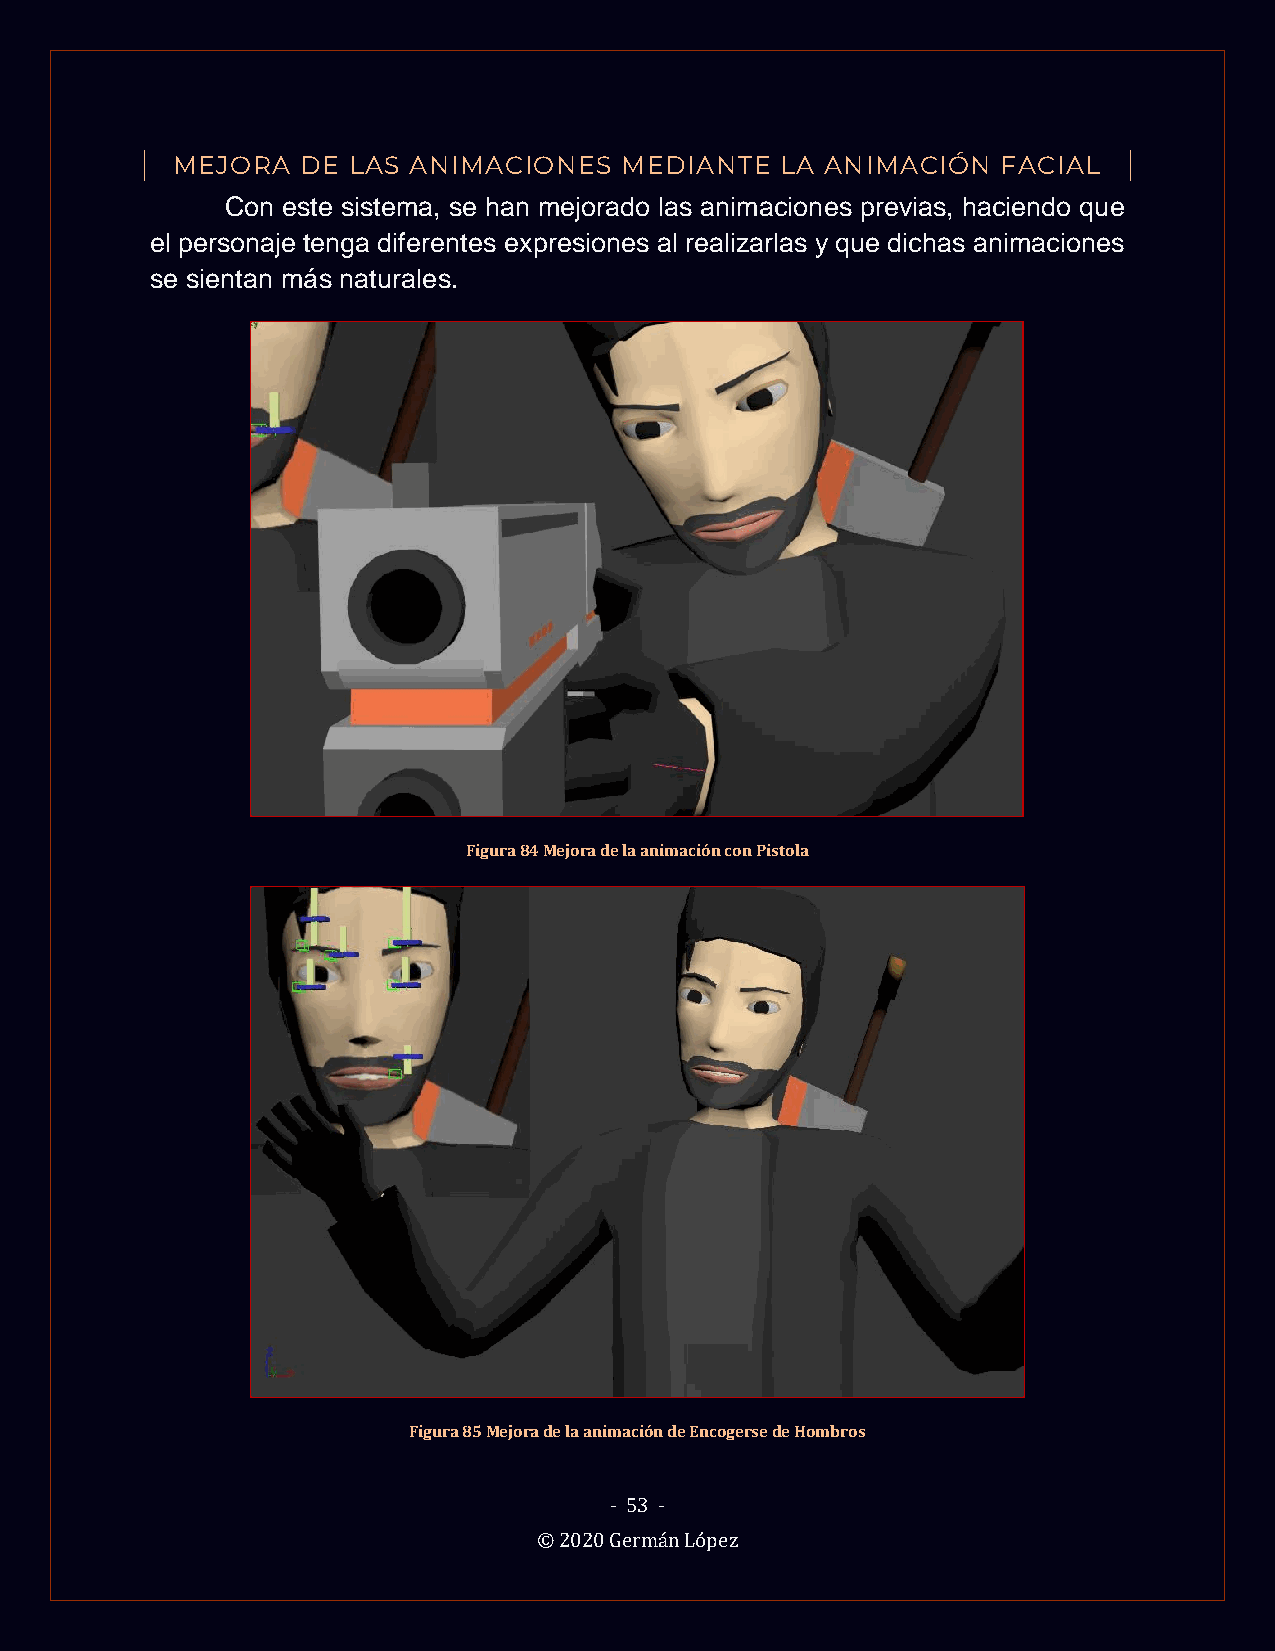
MEJORA   DE LAS ANIMACIONES   MEDIANTE   LA ANIMACIÓN  FACIAL
 Con este sistema, se han mejorado las animaciones previas, haciendo que
 el personaje tenga diferentes expresiones al realizarlas y que dichas animaciones
 se sientan más naturales.
 Figura 84 Mejora de la animación con Pistola
 Figura 85 Mejora de la animación de Encogerse de Hombros
 - 53 -
 © 2020 Germán López